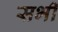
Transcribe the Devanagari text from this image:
सभी